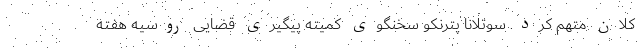
کلان متهم کرد. سوتلانا پترنکو سخنگوی کمیته پیگیری قضایی روسیه هفته